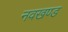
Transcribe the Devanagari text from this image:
नवखण्ड